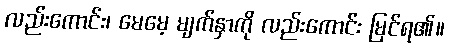
လည်းကောင်း၊ မေမေ့ မျက်နှာကို လည်းကောင်း မြင်ရ၏။